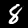
Digit: 8